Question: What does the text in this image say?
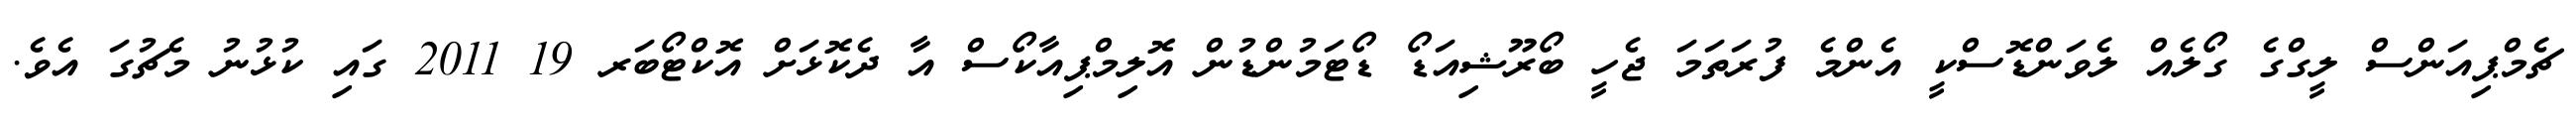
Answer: ޗެމްޕިއަންސް ލީގްގެ ގޯލެއް ލެވަންޑޮސްކީ އެންމެ ފުރަތަމަ ޖެހީ ބޯރޫޝިއަޑޯ ޑޯޓަމުންޑުން އޮލިމްޕިއާކޯސް އާ ދެކޮޅަށް އޮކްޓޯބަރ 19 2011 ގައި ކުޅުނު މެޗުގަ އެވެ.